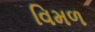
વિમળ